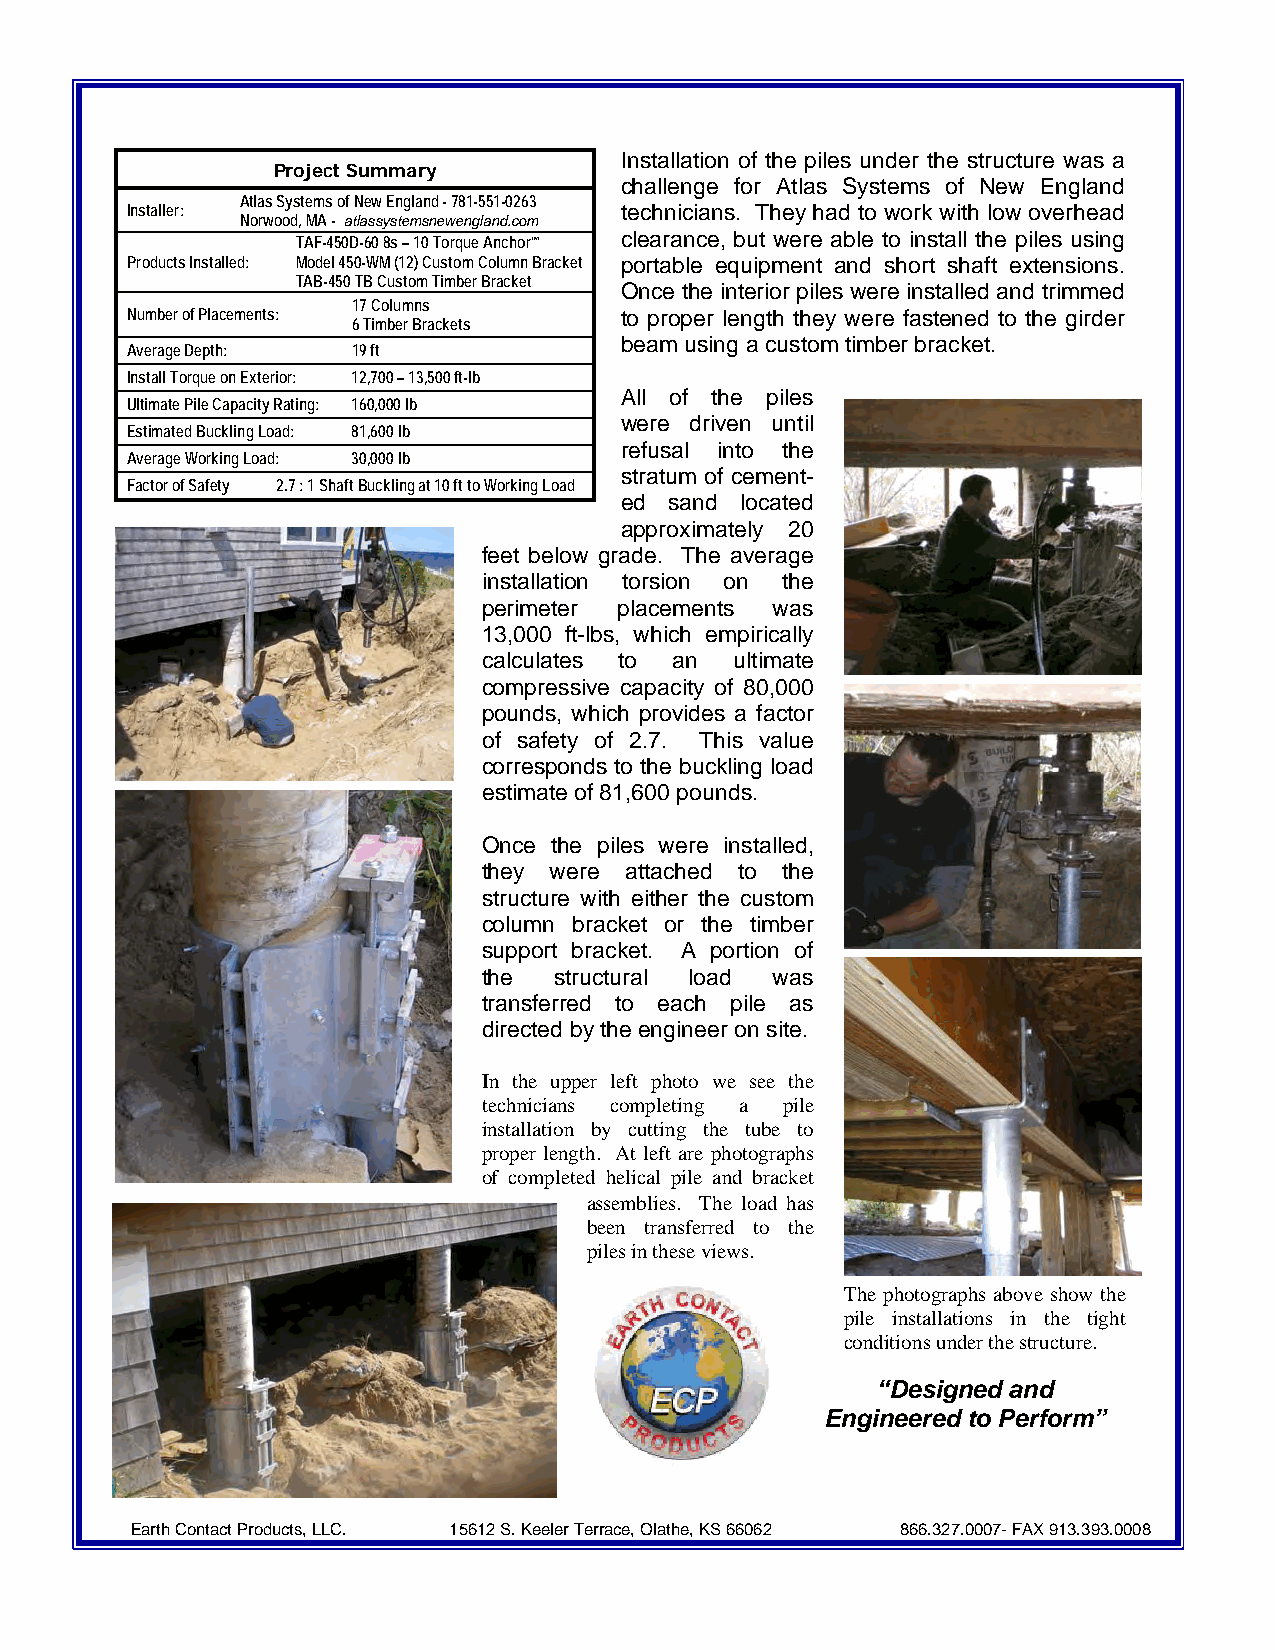
Installation of the piles under the structure was a
 Project Summary
 challenge for Atlas Systems of New England
 Atlas Systems of New England - 781-551-0263
 Installer:                       technicians. They had to work with low overhead
 Norwood, MA - atlassystemsnewengland.com
 clearance, but were able to install the piles using
 TAF-450D-60 8s – 10 Torque Anchor™
 Products Installed: Model 450-WM (12) Custom Column Bracket portable equipment and short shaft extensions.
 TAB-450 TB Custom Timber Bracket
 Once the interior piles were installed and trimmed
 17 Columns
 Number of Placements:            to proper length they were fastened to the girder
 6 Timber Brackets
 beam using a custom timber bracket.
 Average Depth: 19 ft
 Install Torque on Exterior: 12,700 – 13,500 ft-lb
 All of the piles
 Ultimate Pile Capacity Rating: 160,000 lb
 were driven until
 Estimated Buckling Load: 81,600 lb
 refusal into the
 Average Working Load: 30,000 lb
 stratum of cement-
 Factor of Safety 2.7 : 1 Shaft Buckling at 10 ft to Working Load
 ed sand located
 approximately 20
 feet below grade. The average
 installation torsion on the
 perimeter placements was
 13,000 ft-lbs, which empirically
 calculates to an ultimate
 compressive capacity of 80,000
 pounds, which provides a factor
 of safety of 2.7. This value
 corresponds to the buckling load
 estimate of 81,600 pounds.
 Once the piles were installed,
 they were attached to the
 structure with either the custom
 column bracket or the timber
 support bracket. A portion of
 the  structural load was
 transferred to each pile as
 directed by the engineer on site.
 In the upper left photo we see the
 technicians completing a pile
 installation by cutting the tube to
 proper length. At left are photographs
 of completed helical pile and bracket
 assemblies. The load has
 been transferred to the
 piles in these views.
 The photographs above show the
 pile installations in the tight
 conditions under the structure.
 “Designed and
 Engineered to Perform”
 Earth Contact Products, LLC. 15612 S. Keeler Terrace, Olathe, KS 66062 866.327.0007- FAX 913.393.0008